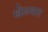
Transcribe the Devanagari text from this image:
खेळ्यात